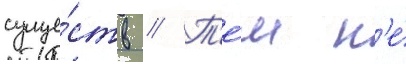
суще́ств // Т'е́м н'е́